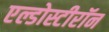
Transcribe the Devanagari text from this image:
एल्डोस्टीरॉन